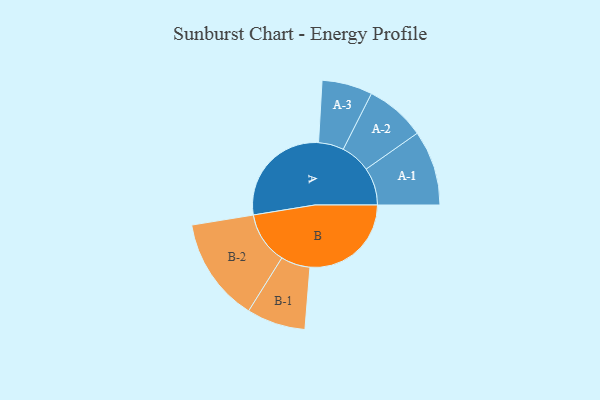
{"axis": {"x": "Segment", "y": "Value"}, "legend": ["", "A", "B"], "data": [{"x": "A", "y": 482, "type": ""}, {"x": "B", "y": 445, "type": ""}, {"x": "A-1", "y": 165, "type": "A"}, {"x": "A-2", "y": 132, "type": "A"}, {"x": "A-3", "y": 111, "type": "A"}, {"x": "B-1", "y": 129, "type": "B"}, {"x": "B-2", "y": 229, "type": "B"}]}